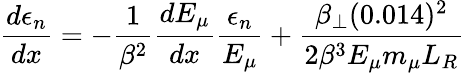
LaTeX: \frac{d\epsilon_{n}}{dx}=-\frac{1}{\beta^{2}}\frac{dE_{\mu}}{dx}\frac{\epsilon_{n}}{E_{\mu}}+\frac{\beta_{\perp}(0.014)^{2}}{2\beta^{3}E_{\mu}m_{\mu}L_{R}}\,